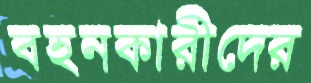
বহনকারীদের